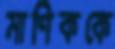
মাণিককে